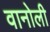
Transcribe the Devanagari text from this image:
वानोली